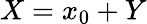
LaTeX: X=x_{0}+Y